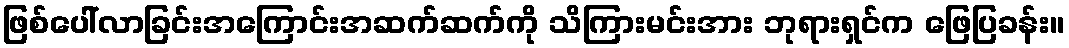
ဖြစ်ပေါ်လာခြင်းအကြောင်းအဆက်ဆက်ကို သိကြားမင်းအား ဘုရားရှင်က ဖြေပြခန်း။